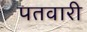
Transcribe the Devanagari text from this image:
पतवारी